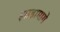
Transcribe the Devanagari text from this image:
झाडामागे